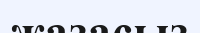
жазасыз